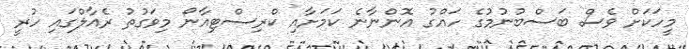
މީހަކަށް ވެސް ބަސްބުނުމުގެ ހައްގު އޮންނާނެ ކަމަށާއި ކްރިސްޓިއާނޯ މިވަގުތު ރެއާލްގައި ހުރީ